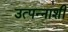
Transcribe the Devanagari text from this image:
उत्पन्नाशी